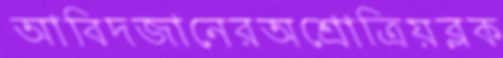
আবিদজানেরঅশ্রোত্রিয়ব্লক